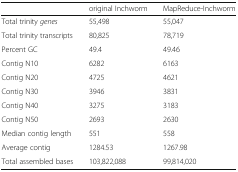
<table><thead><tr><td></td><td><b>original Inchworm</b></td><td><b>MapReduce-Inchworm</b></td></tr></thead><tbody><tr><td>Total trinity <i>genes</i></td><td>55,498</td><td>55,047</td></tr><tr><td>Total trinity transcripts</td><td>80,825</td><td>78,719</td></tr><tr><td>Percent GC</td><td>49.4</td><td>49.46</td></tr><tr><td>Contig N10</td><td>6282</td><td>6163</td></tr><tr><td>Contig N20</td><td>4725</td><td>4621</td></tr><tr><td>Contig N30</td><td>3946</td><td>3831</td></tr><tr><td>Contig N40</td><td>3275</td><td>3183</td></tr><tr><td>Contig N50</td><td>2693</td><td>2630</td></tr><tr><td>Median contig length</td><td>551</td><td>558</td></tr><tr><td>Average contig</td><td>1284.53</td><td>1267.98</td></tr><tr><td>Total assembled bases</td><td>103,822,088</td><td>99,814,020</td></tr></tbody></table>